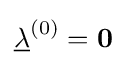
{\underline {\lambda }}^{(0)}=\mathbf {0}